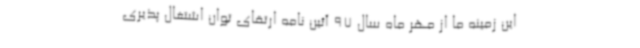
این زمینه ما از مهر ماه سال 97 آئین نامه ارتقای توان اشتغال پذیری